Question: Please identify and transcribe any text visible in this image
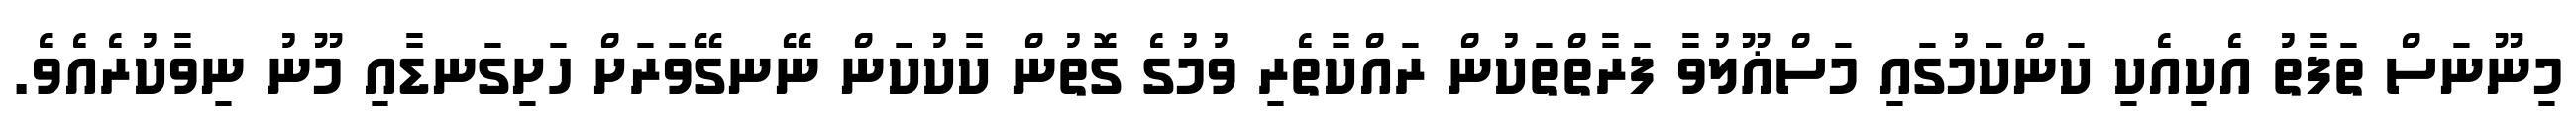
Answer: މިނޫނަސް ތަފާތު އެކިއެކި ކަންކަމުގައި މަސްޣޫލުވާ ފަރާތްތަކުން ރައްކާތެރި ވުމުގެ ގޮތުން ކާކުކަން ނޭނގޭވަރަށް ހަށިގަނޑާއި މޫނު ނިވާކުރެއެވެ.